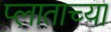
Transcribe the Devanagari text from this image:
प्लाताच्या